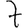
Digit: 7